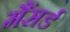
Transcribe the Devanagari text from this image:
मैंसर्ड